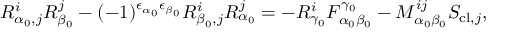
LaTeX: R _ { \alpha _ { 0 } , j } ^ { i } R _ { \beta _ { 0 } } ^ { j } - ( - 1 ) ^ { \epsilon _ { \alpha _ { 0 } } \epsilon _ { \beta _ { 0 } } } R _ { \beta _ { 0 } , j } ^ { i } R _ { \alpha _ { 0 } } ^ { j } = - R _ { \gamma _ { 0 } } ^ { i } F _ { \alpha _ { 0 } \beta _ { 0 } } ^ { \gamma _ { 0 } } - M _ { \alpha _ { 0 } \beta _ { 0 } } ^ { i j } S _ { \mathrm { c l } , j } ,